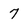
Character: 7